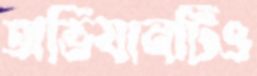
অভিযানটিও